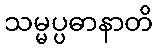
သမ္မပ္ပဓာနာတိ